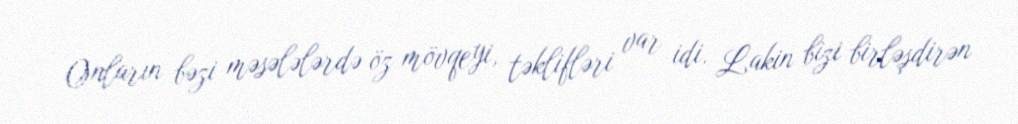
Onların bəzi məsələlərdə öz mövqeyi, təklifləri var idi. Lakin bizi birləşdirən